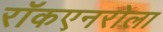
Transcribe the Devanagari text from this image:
रॉकएनरोला